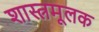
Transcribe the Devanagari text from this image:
शास्त्रमूलक